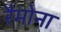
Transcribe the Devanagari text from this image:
रैमोना